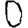
Digit: 0